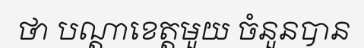
ថា បណ្តាខេត្តមួយ ចំនួនបាន